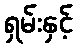
ရှမ်းနှင့်